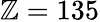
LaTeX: \mathbb{Z}=135